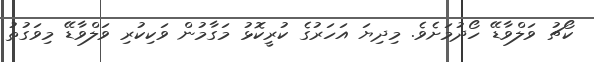
ކޯޗު ވަލްވާޑޭ ހޯދުމަށެވެ. މިދިޔަ އަހަރުގެ ކުރީކޮޅު މަގާމުން ވަކިކުރި ވަލްވާޑޭ މިވަގުތު